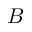
B